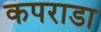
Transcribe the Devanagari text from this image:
कपराडा